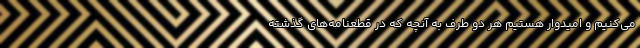
می‌کنیم و امیدوار هستیم هر دو طرف به آنچه که در قطعنامه‌های گذشته